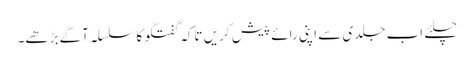
چلئے اب جلدی سے اپنی رائے پیش کریں تاکہ گفتگو کا سلسلہ آگے بڑھے۔